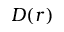
D ( r )